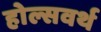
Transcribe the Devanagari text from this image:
होल्सवर्थ